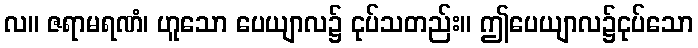
လ။ ဇရာမရဏံ၊ ဟူသော ပေယျာလ၌ ငုပ်သတည်း။ ဤပေယျာလ၌ငုပ်သော